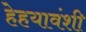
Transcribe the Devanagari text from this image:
हेहयावंशी